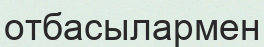
отбасылармен